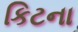
કિટના